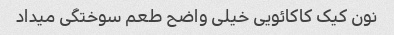
نون کیک کاکائویی خیلی واضح طعم سوختگی میداد